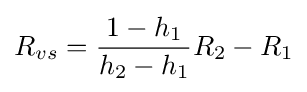
R_{vs}={\frac {1-h_{1}}{h_{2}-h_{1}}}R_{2}-R_{1}